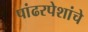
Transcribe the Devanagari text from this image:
पांढरपेशांचे